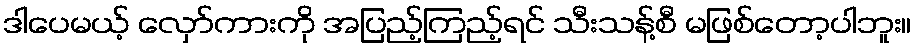
ဒါပေမယ့် လှော်ကားကို အပြည့်ကြည့်ရင် သီးသန့်စီ မဖြစ်တော့ပါဘူး။